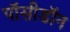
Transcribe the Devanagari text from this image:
पॉसीडॉन